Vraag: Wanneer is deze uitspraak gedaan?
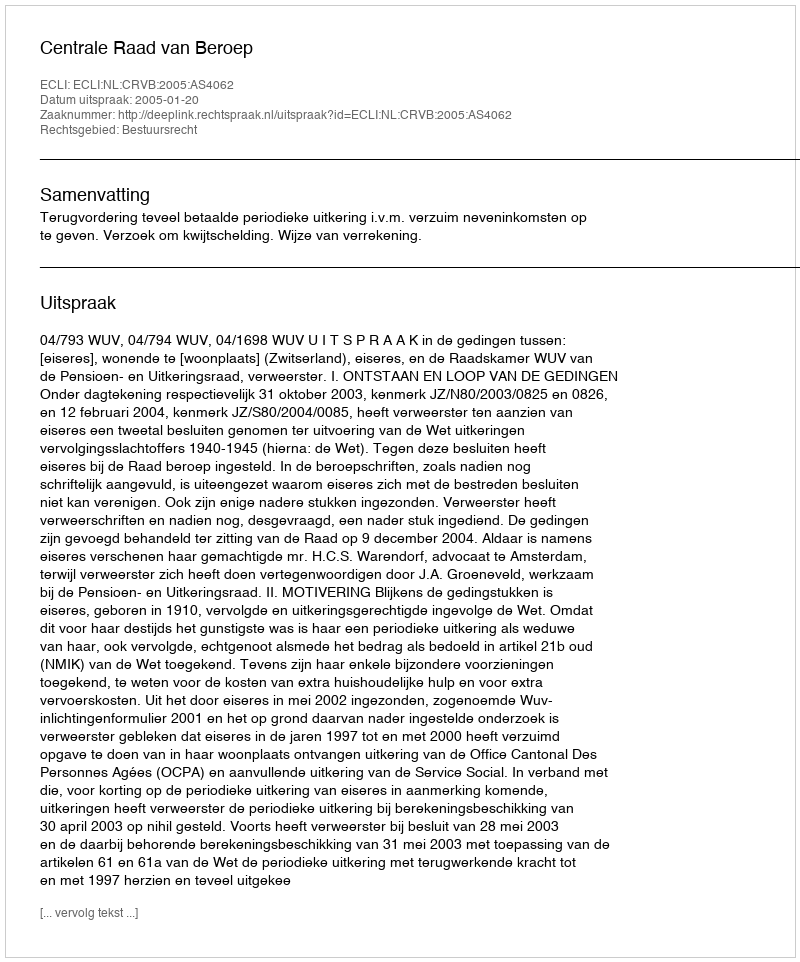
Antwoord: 2005-01-20